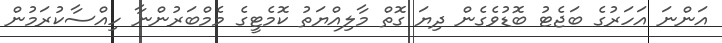
އަންނަ އަހަރުގެ ބަޖެޓު ބޮޑުވެގެން ދިޔަ ގޮތް މާލިއްޔަތު ކޮމެޓީގެ މެމްބަރުންނާ ހިއްސާކުރަމުން